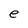
Character: e